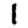
Digit: 1